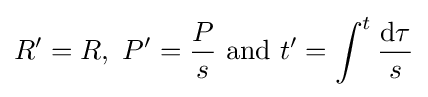
R'=R,~P'={\frac {P}{s}}~{\text{and}}~t'=\int ^{t}{\frac {\mathrm {d} \tau }{s}}